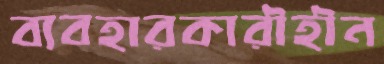
ব্যবহারকারীহীন